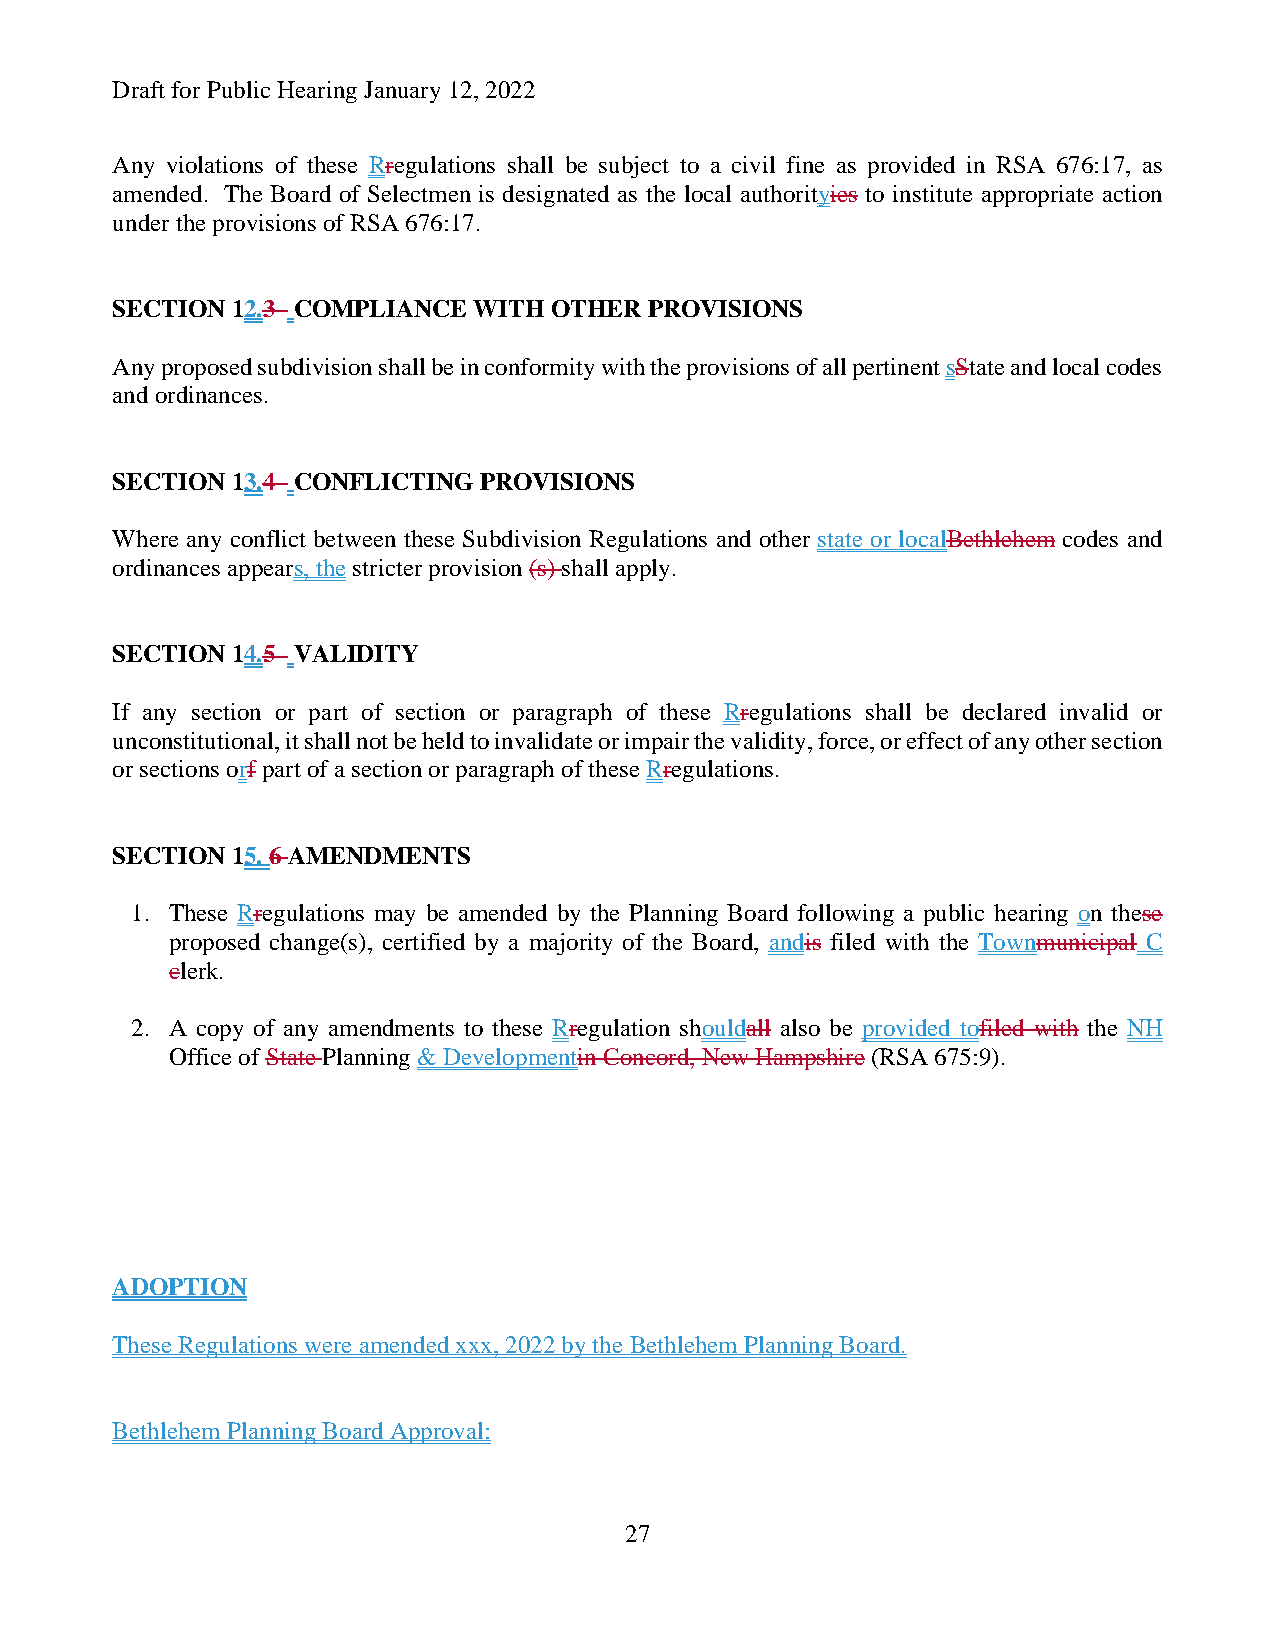
Draft for Public Hearing January 12, 2022
 Any violations of these Rregulations shall be subject to a civil fine as provided in RSA 676:17, as
 amended. The Board of Selectmen is designated as the local authorityies to institute appropriate action
 under the provisions of RSA 676:17.
 SECTION 12.3 COMPLIANCE WITH OTHER  PROVISIONS
 Any proposed subdivision shall be in conformity with the provisions of all pertinent sState and local codes
 and ordinances.
 SECTION 13.4 CONFLICTING PROVISIONS
 Where any conflict between these Subdivision Regulations and other state or localBethlehem codes and
 ordinances appears, the stricter provision (s) shall apply.
 SECTION 14.5 VALIDITY
 If any section or part of section or paragraph of these Rregulations shall be declared invalid or
 unconstitutional, it shall not be held to invalidate or impair the validity, force, or effect of any other section
 or sections orf part of a section or paragraph of these Rregulations.
 SECTION 15. 6 AMENDMENTS
 1. These Rregulations may be amended by the Planning Board following a public hearing on these
 proposed change(s), certified by a majority of the Board, andis filed with the Townmunicipal C
 clerk.
 2. A copy of any amendments to these Rregulation shouldall also be provided tofiled with the NH
 Office of State Planning & Developmentin Concord, New Hampshire (RSA 675:9).
 ADOPTION
 These Regulations were amended xxx, 2022 by the Bethlehem Planning Board.
 Bethlehem Planning Board Approval:
 27